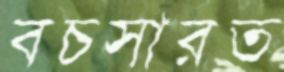
বচসারত